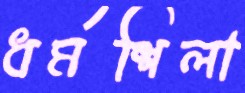
ধর্মশিলা